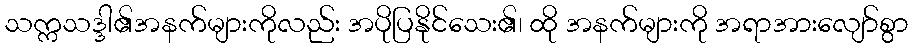
သက္ကသဒ္ဒါ၏အနက်များကိုလည်း အပိုပြနိုင်သေး၏၊ ထို အနက်များကို အရာအားလျော်စွာ